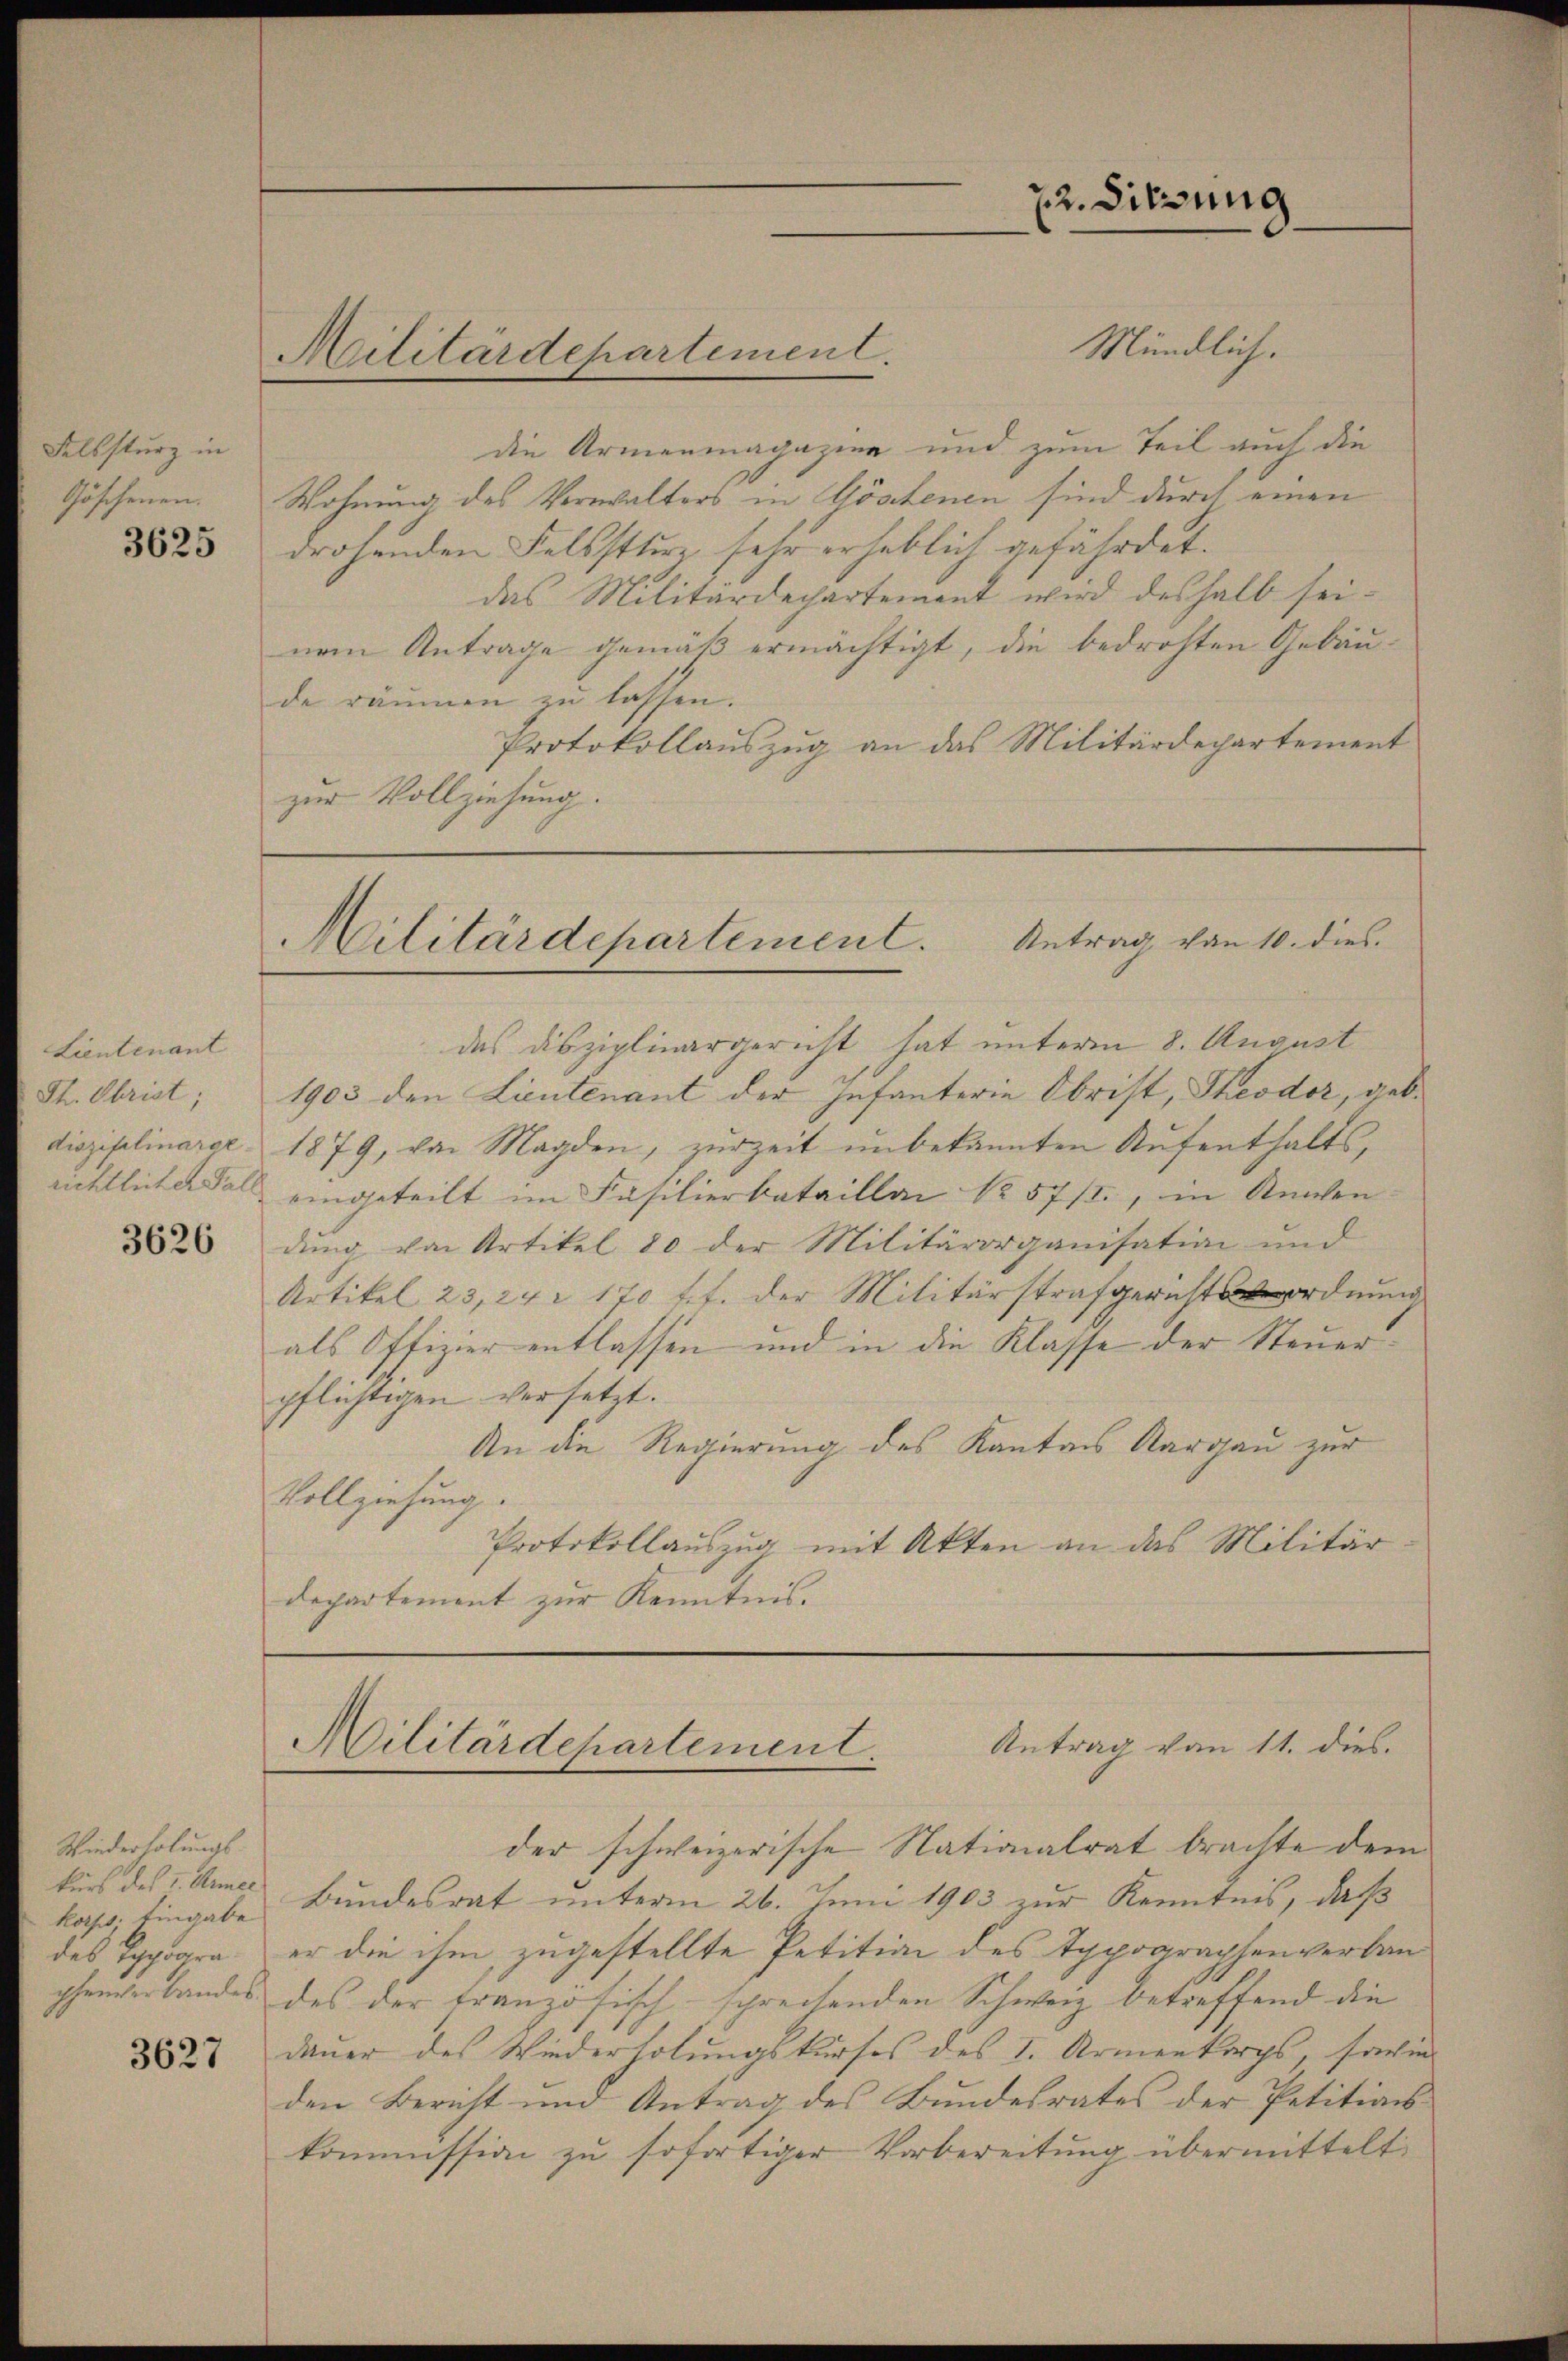
Felssturz in
Göschenen.

3625

Lientenant
richtlicher Fall

3626

Wiederholungs-
kurs des I. Armee
kaps. Eingabe

3627

Mündlich.
die Armenmagazien und zum Teil auch die
Wohnung des Verwalters in Göstenen sind durch einen
drohenden Felssturz sehr erheblich gefährdet.
das Militärdechartement wird deshalb seinem Antrage gemäß ermächtigt, die bedrohten Gebäude räumen zu lassen.
Protokollauszug an das Militärdepartement
zur Vollziehung.

Militärdepartement.

des Disziplinargericht hat unterm 8. August
Th. Obrist, 1903 den Lieutenant der Infanterie Obrist, Theodor, geb.
disziplinarer 1879, von Magden, zurzeit unbekannten Aufenthaltseingeteilt im Fäsilierbataillai No 57/I., in Anwen
dŭng von Artikel 80 der Militärorganisation und
Artikel 23, 24. 170 ff. der Militärstrafgerichtsverordnung
als Offizier entlassen und in die Klasse der Steuerpflichtigen versetzt.
An die Regierung des Kantons Aargau zur
Vollziehung.
Protokollauszug mit Akten an das Militär-
departement zur Kenntnis.

der schweizerische Nationalrat brachte dem
Bundesrat unterm 26. Juni 1903 zur Kenntnis, daß
des Typogra er die ihm zugestellte Petition des Typographenverbauphenverbandes des der tranzösisch-sprechenden Schweiz betreffend die
dauer des Wiederholungskurses des I. Armenkorps, sowie
den Bericht und Antrag des Bundesrates der Petitionskommission zu sofortiger Vorbereitung übermittelt.

22. Sitzung
3.

Militärdepartement. Antrag von 10. dies

Antrag vom 11. dies.
Militärdepartement.